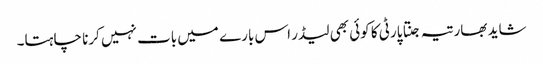
شاید بھارتیہ جنتا پارٹی کا کوئی بھی لیڈر اس بارے میں بات نہیں کرنا چاہتا۔